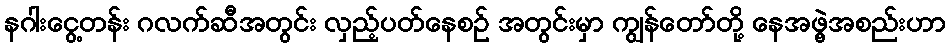
နဂါးငွေ့တန်း ဂလက်ဆီအတွင်း လှည့်ပတ်နေစဉ် အတွင်းမှာ ကျွန်တော်တို့ နေအဖွဲ့အစည်းဟာ